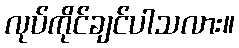
လုပ်ကိုင်ချင်ပါသလား။